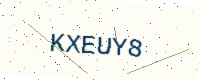
Text: KXEUY8